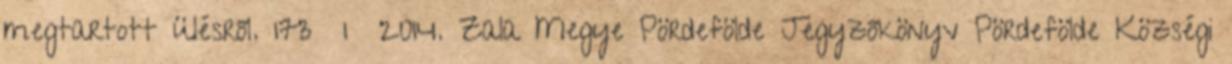
megtartott ülésről. 173 1 2014. Zala Megye Pördefölde Jegyzőkönyv Pördefölde Községi